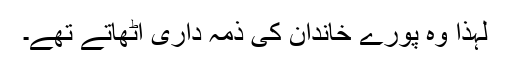
لہذا وہ پورے خاندان کی ذمہ داری اٹھاتے تھے۔